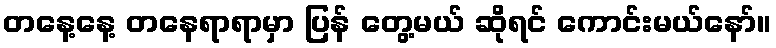
တနေ့နေ့ တနေရာရာမှာ ပြန် တွေ့မယ် ဆိုရင် ကောင်းမယ်နော်။